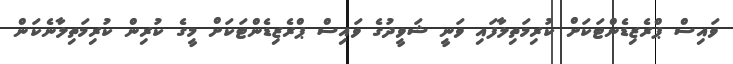
ވައިސް ޕްރެޒިޑެންޓަކަށް ކުރިމަތިލާފައި ވަނީ ޝަވީދުގެ ވައިސް ޕްރެޒިޑެންޓަކަށް މީގެ ކުރިން ކުރިމަތިލާނެކަން